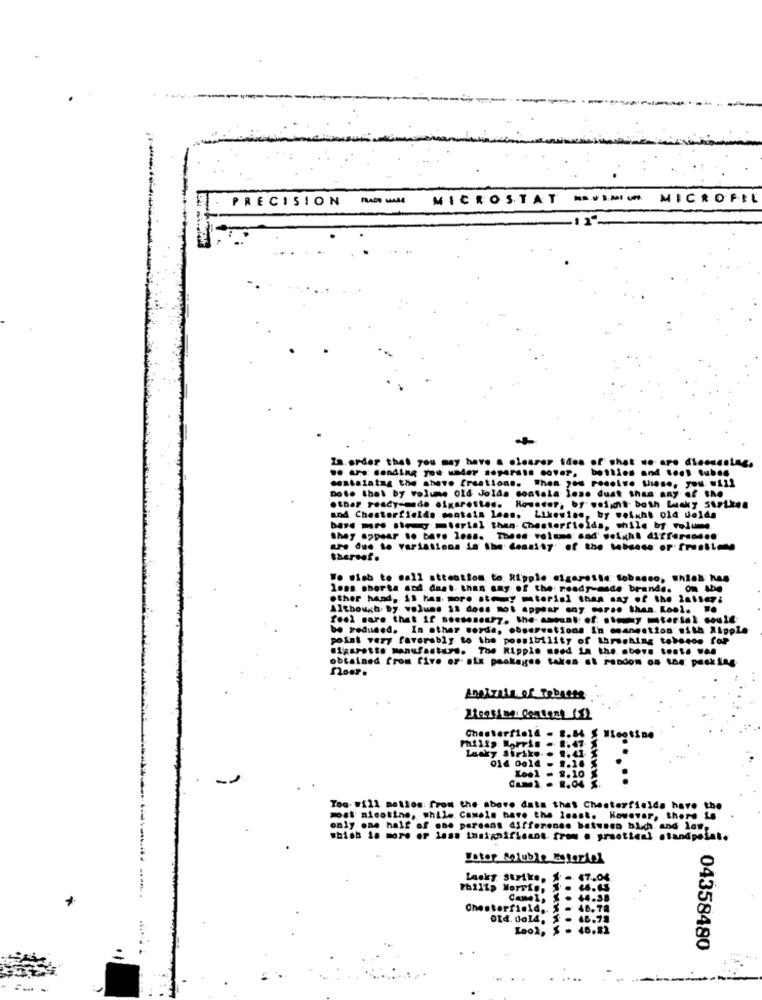
PRECISION
PRADt Mall
MICROSTAT
------ MICROFIL
In. order that you may have a clearer tes of shat' so. are disescola
bothies and toes tubes
Dote that by volume old Jolda contata loso dust than any of the
sentsiatag the shave fraations. When you receive thise, you will
.thar ready-made oixsrostad. However, by weight· both Lucky Strike.
and Chesterfields montain lens. Likewise, by weight old delda
bre ws .to -terial then Chesterfields, while by volume
they appear to bare less. Theos volume: dad' weight differen ...
are due to variations in the density of the tabcase of frustien
thereof.
We wish to sall attention to: Ripple cigarette tobasso, which has
lons shorts and. dast. than any of the ready-made brand .. om
other hand, il has more stey mtorisi than any of the latter:
Although. by volume 11 does not appear any corso than. Lool. ..
feel sare that If senseseury. the- amount: of. . ty miterial coule
be Fedused. In other words, observations in manestion' with AApple
point very favorably to the possibility of thrusting tobecos for
sigarette manufacturs. The Nipple used In the above tonte w ..
obtained from Cive or- atx packages taken at random os the: pecking
noor.
Angi.zais, of Tebiete
Chesterfield . B.B & W1.
Too. will notlos: from the above data that Chesterfielda have
mst nicotine, while Comels bare the least. However, there is
only one half of one parsons differenss between bich. and law.
shish is more or less insignificans. from . practical standpoint.
Later Soluble literie!
LAsky Strike, % - 47.04
Camel, S . 44.38
Chesterfield, $ = 46.78
Ord. do14, $ . 48.78
Look, $ .
46.81
04358480